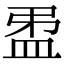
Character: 𥁜